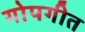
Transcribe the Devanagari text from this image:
गोपगीत